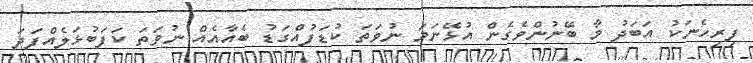
ފިރިހެނަކު އަބަދު މާ ބޭނުންވެގެން އުޅޭނަމަ ނުވަތަ ކުޑަފުއްގަޑު ބެއާއެއް ނުވަތަ ކަފަބުޅަލެއްފަދަ